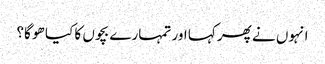
انہوں نے پھر کہا اور تمہارے بچوں کا کیا ھو گا؟